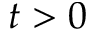
t > 0